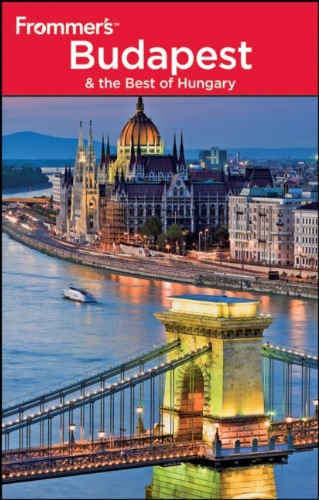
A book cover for Frommer's Budapest and the Best of Hungary (Frommer's Complete Guides); Ryan James; Travel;